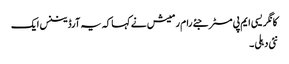
کانگریسی ایم پی مسٹر جئے رام رمیش نے کہا کہ یہ آرڈیننس ایک
نئی دہلی ۔